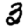
Digit: 3